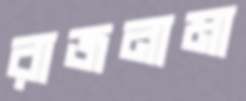
রাজনামা